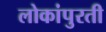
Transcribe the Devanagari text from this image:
लोकांपुरती